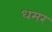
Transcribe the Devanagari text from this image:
धमर